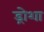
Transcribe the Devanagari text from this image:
ड्रोशा